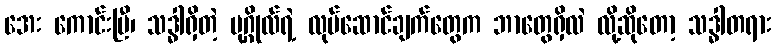
အေး ကောင်းပြီ၊ သဒ္ဓါရှိတဲ့ ပုဂ္ဂိုလ်ရဲ့ လုပ်ဆောင်ချက်တွေက ဘာတွေရှိလဲ လို့ဆိုတော့ သဒ္ဓါတရား